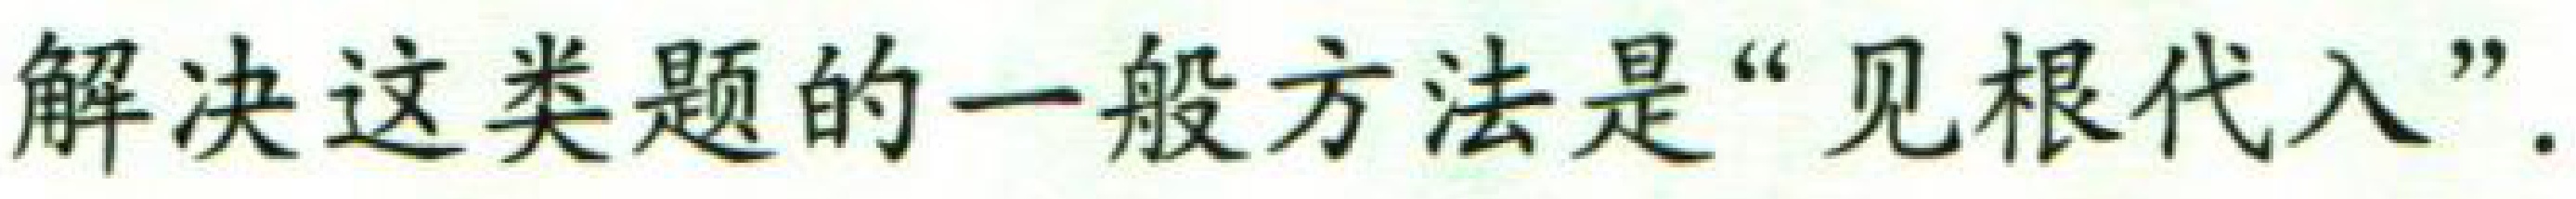
解决这类题的一般方法是“见根代入”.